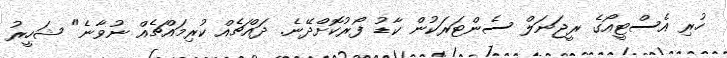
ހުރި އެސްޓީއޯގެ ރީޖަނަލް ސެންޓަރަކުން ކާޑު ފޯރުކޮށްދޭނެ. ދައްޗެއް ކުރިމައްޗެއް ނުވާނެ" ޝަހީރު